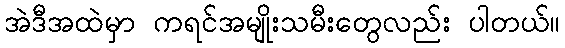
အဲဒီအထဲမှာ ကရင်အမျိုးသမီးတွေလည်း ပါတယ်။